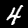
Digit: 4